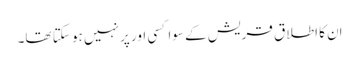
اِن کا اطلاق قریش کے سوا کسی اور پر نہیں ہو سکتا تھا۔